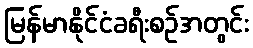
မြန်မာနိုင်ငံခရီးစဉ်အတွင်း